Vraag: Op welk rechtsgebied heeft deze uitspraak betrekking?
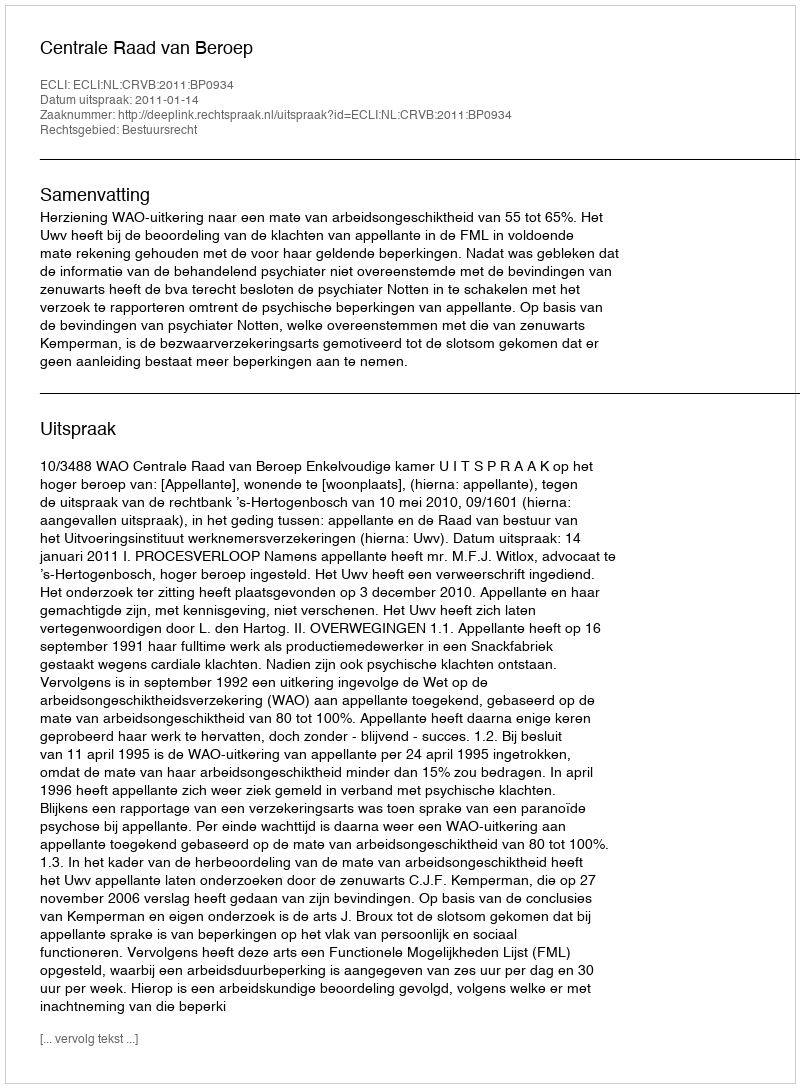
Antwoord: Bestuursrecht